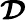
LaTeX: \mathbfcal{D}